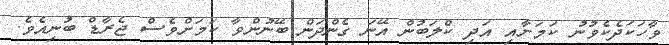
ވާހަކަދެކެވުނު ކަމަށާއި އަދި ކްލަބުން އޭނަ ގެންދަން ބޭނުންވާ ކަމަށްވެސް ޖެރާޑް ބުނިއެވެ.